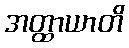
အတ္ထာယာတိ